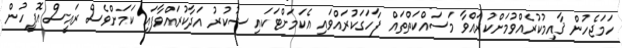
ހަމަޖެހުން ޤާއިމުކުރެއްވުމަށްކުރައްވާ މަސައްކަތްތައް ފާހަގަކުރައްވައި އެކަމަށްޓަކައި ޝުކުރު އަދާކުރައްވާފައި ކަމަށްވެސް ރައީސް އޮފީހުން